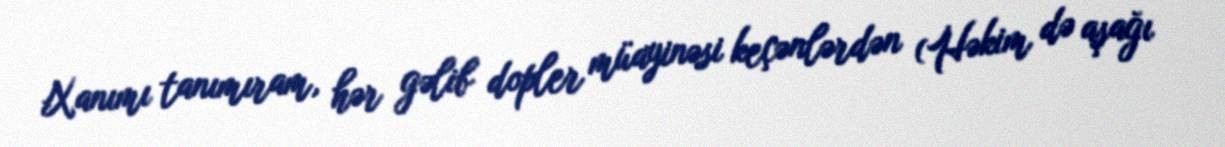
Xanımı tanımıram, hər gəlib dopler müayinəsi keçənlərdən (Həkim də aşağı